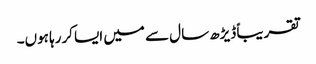
تقریباً ڈیڑھ سال سے میں ایسا کررہا ہوں۔